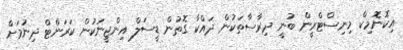
އިކޮނޮމިކް މިނިސްޓްރީން ބުނީ ދިރާސާތަކުން ދައްކާ ގޮތުން ޑީސަލް އިންޖީނަކުން ކަރަންޓް ދިނުމަށް